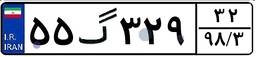
۱۲گ۲۶۶۸۵